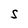
Character: S